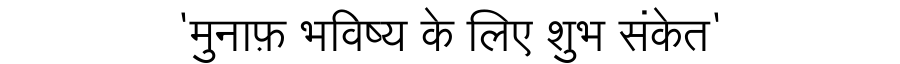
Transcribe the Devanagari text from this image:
'मुनाफ़ भविष्य के लिए शुभ संकेत'